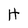
Character: H